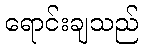
ရောင်းချသည်